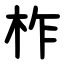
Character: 柞